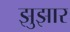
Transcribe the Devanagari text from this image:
झुझार